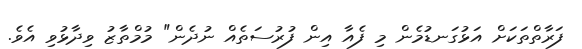
ފަރާތްތަކަށް އަޅުގަނޑުމެން މި ފެއާ އިން ފުރުސަތެއް ނުދެން" މުމްތާޒު ވިދާޅުވި އެވެ.